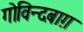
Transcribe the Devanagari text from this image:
गोविन्दबाग़